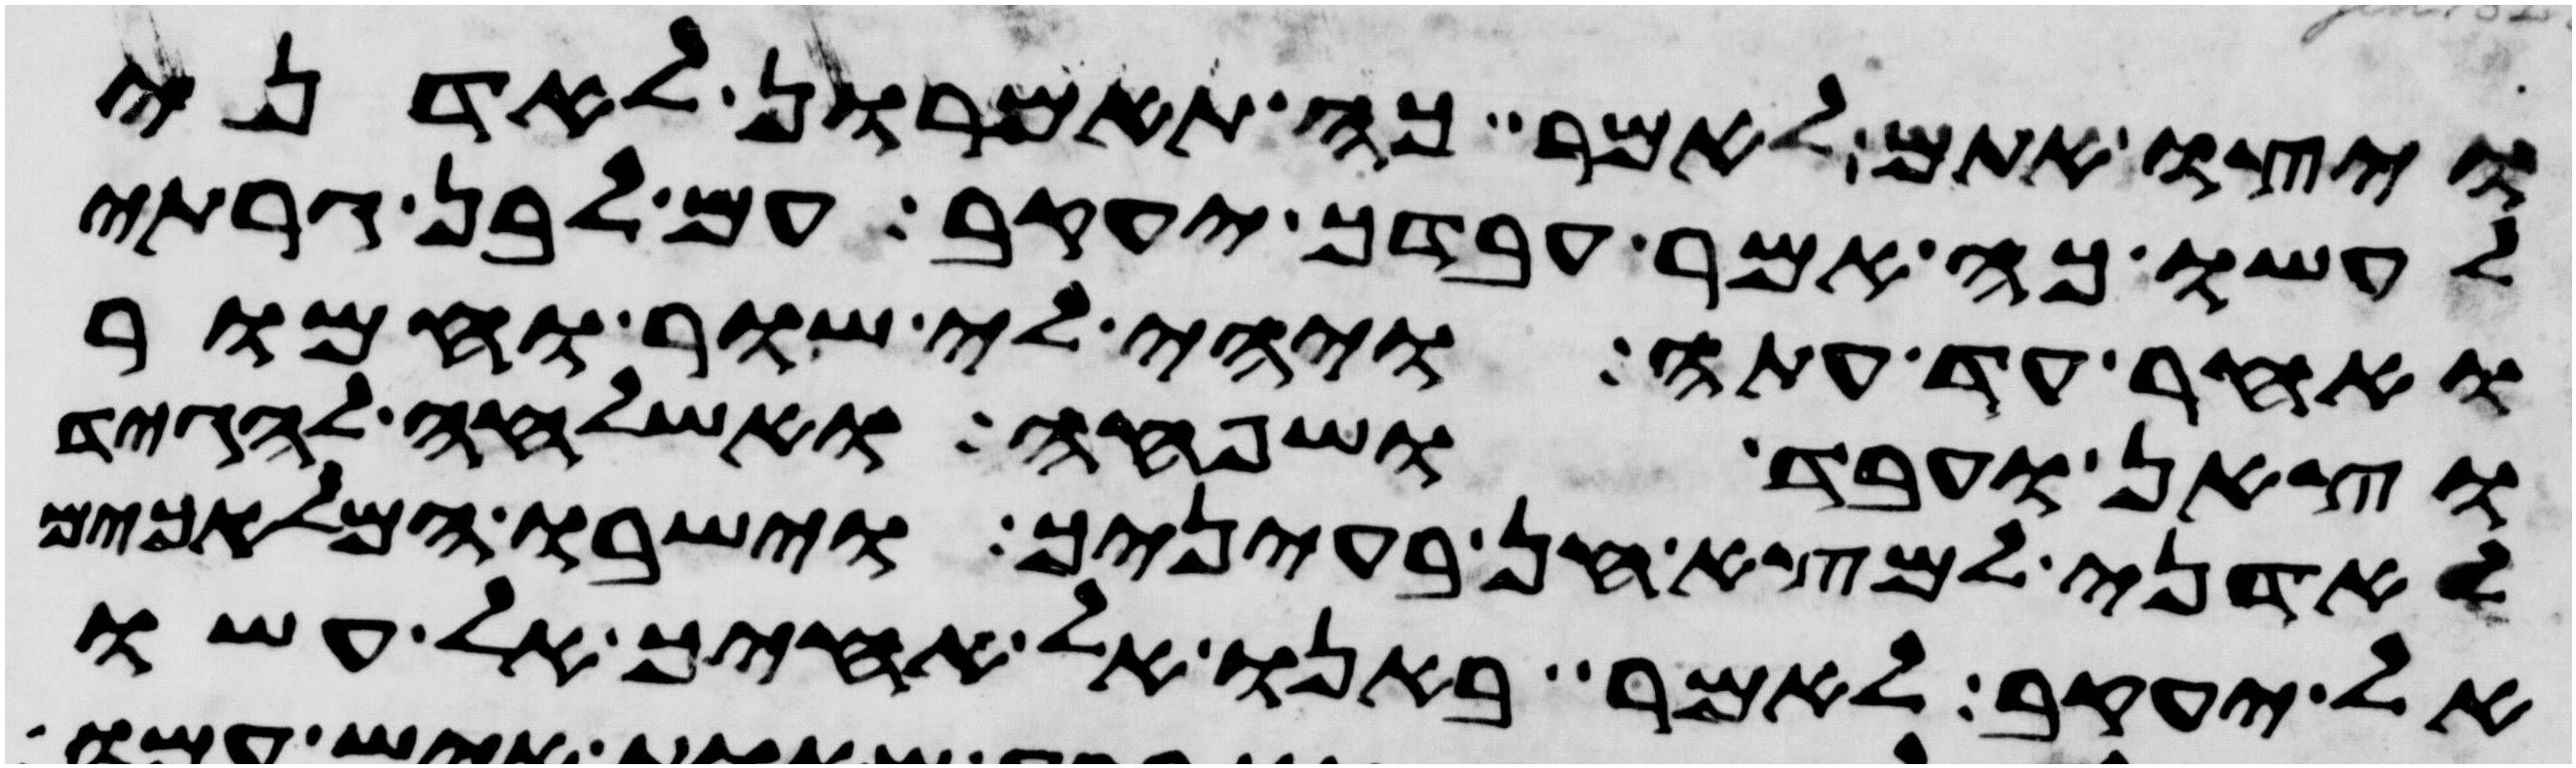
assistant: ויצו אתם לאמר כה תאמרון לאדני
לעשו כה אמר עבדך יעקב עם לבן גרתי
ואחר עד עתה ויהי לי שור וחמור
וצאן ועבד ושפחה ואשלחה להגיד
לאדני למצא חן בעיניך וישבו המלאכים
אל יעקב לאמר באנו אל אחיך אל עשו